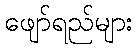
ဖျော်ရည်များ